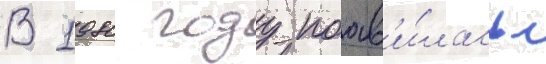
В 1980 году поав'и́лась